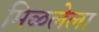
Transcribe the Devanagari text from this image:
मिळलेला